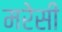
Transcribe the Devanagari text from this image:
मरेसी